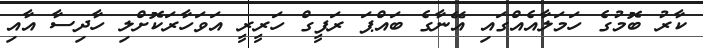
ކާރު ބޮމުގެ ހަމަލާއެއްގައި އޭނާގެ ބައްޕަ ރަފީގް ހަރީރީ އަވަހާރަކޮށްލި ހާދިސާ އާއި